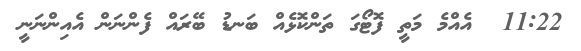
11:22  އެއްމެ މަތީ ފޮޓޯގަ ތަންކޮޅެއް ބަނޑު ބޭރައް ފެންނަން އެއިންނަނީ